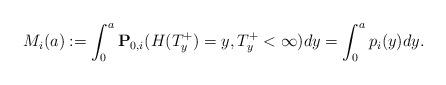
LaTeX: \begin{align*} M_i(a):=\int_0^a \mathbf{P}_{0,i}(H(T_y^+)=y,T_y^+<\infty)dy = \int_0^a p_i(y)dy.\end{align*}